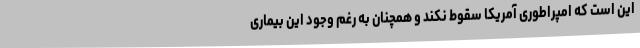
این است که امپراطوری آمریکا سقوط نکند و همچنان به رغم وجود این بیماری